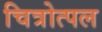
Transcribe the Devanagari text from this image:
चित्रोत्पल